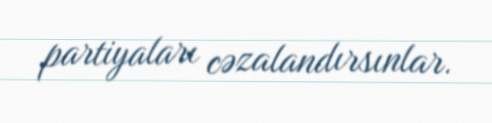
partiyaları cəzalandırsınlar.